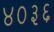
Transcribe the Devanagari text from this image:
४०३६